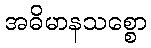
အဓိမာနသစ္စော